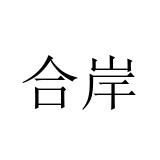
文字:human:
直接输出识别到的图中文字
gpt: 合岸